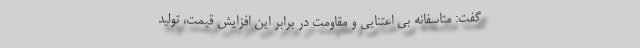
گفت: متاسفانه بی اعتنایی و مقاومت در برابر این افزایش قیمت، تولید